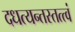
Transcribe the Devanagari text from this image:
दधत्यन्तस्तत्त्वं